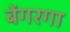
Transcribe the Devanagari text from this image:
बेंगरगा